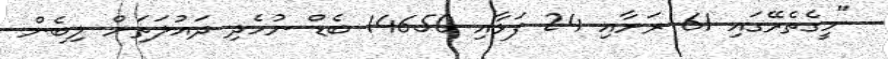
"މީގެތެރޭގައި 61 ރަށާއި 24 ފަޅާއި 14650 ބެޑް ނުހެދި ދައުލަތަށް ލިބެން